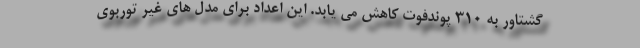
گشتاور به 310 پوندفوت کاهش می یابد. این اعداد برای مدل های غیر توربوی